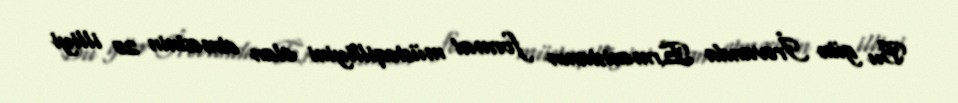
Bu gün İrəvanda Ermənistanın formal müstəqilliyini elan etməsinin 25 illiyi